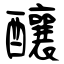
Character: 釀